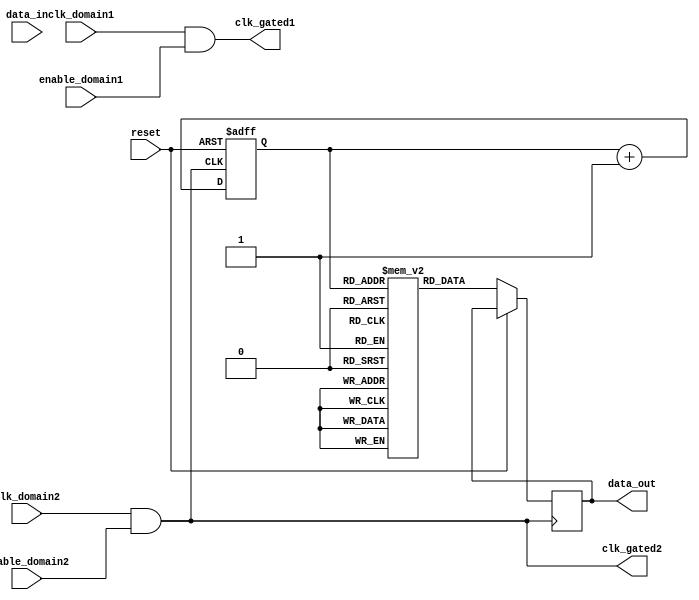
module memory_block_gating (
    input wire clk_domain1,         // Clock for domain 1
    input wire clk_domain2,         // Clock for domain 2
    input wire enable_domain1,      // Enable signal for domain 1
    input wire enable_domain2,      // Enable signal for domain 2
    input wire reset,               // Reset signal
    input wire [31:0] data_in,      // Data input
    output reg [31:0] data_out,     // Data output
    output wire clk_gated1,         // Gated clock for domain 1
    output wire clk_gated2          // Gated clock for domain 2
);

// Clock Gating Logic
assign clk_gated1 = clk_domain1 & enable_domain1; // Gated clock for domain 1
assign clk_gated2 = clk_domain2 & enable_domain2; // Gated clock for domain 2

// Memory Block for Domain 1
reg [31:0] memory1 [0:255]; // 256 x 32-bit memory
reg [7:0] addr1;            // Address for memory 1

always @(posedge clk_gated1 or posedge reset) begin
    if (reset) begin
        // Reset logic for memory 1
        addr1 <= 8'b0;
    end else begin
        // Example operation: Write data to memory
        memory1[addr1] <= data_in; // Write data
        addr1 <= addr1 + 1;        // Increment address
    end
end

// Memory Block for Domain 2
reg [31:0] memory2 [0:255]; // 256 x 32-bit memory
reg [7:0] addr2;            // Address for memory 2

always @(posedge clk_gated2 or posedge reset) begin
    if (reset) begin
        // Reset logic for memory 2
        addr2 <= 8'b0;
    end else begin
        // Example operation: Read data from memory
        data_out <= memory2[addr2]; // Read data
        addr2 <= addr2 + 1;          // Increment address
    end
end

// Synchronization Mechanism (Example using dual flip-flops)
reg [31:0] sync_data;
reg [31:0] sync_data_ff1, sync_data_ff2;

always @(posedge clk_gated1 or posedge reset) begin
    if (reset) begin
        sync_data_ff1 <= 32'b0;
        sync_data_ff2 <= 32'b0;
    end else begin
        sync_data_ff1 <= data_out; // Sample data from domain 2
        sync_data_ff2 <= sync_data_ff1; // Second flip-flop for synchronization
    end
end

// Output synchronized data
always @(posedge clk_gated1) begin
    sync_data <= sync_data_ff2; // Final synchronized data
end

endmodule